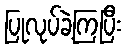
ပြုလုပ်ခဲ့ကြပြီး